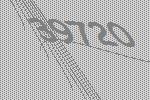
39720